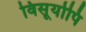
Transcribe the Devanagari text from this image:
विसूर्योपि